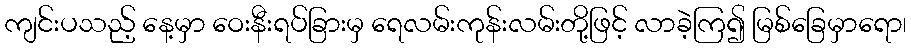
ကျင်းပသည့် နေ့မှာ ဝေးနီးရပ်ခြားမှ ရေလမ်းကုန်းလမ်းတို့ဖြင့် လာခဲ့ကြ၍ မြစ်ခြေမှာရော၊